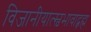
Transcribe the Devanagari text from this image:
विजानीयात्स्वभावाद्ब्रह्म